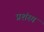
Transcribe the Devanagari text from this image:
प्रशंस्य